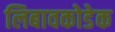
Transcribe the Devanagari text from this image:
लिबावकोडेक